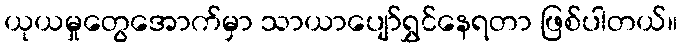
ယုယမှုတွေအောက်မှာ သာယာပျော်ရွှင်နေရတာ ဖြစ်ပါတယ်။